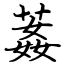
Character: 葌